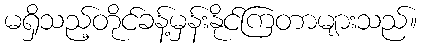
မရှိသည့်တိုင်ခန့်မှန်းနိုင်ကြတာများသည်။